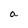
Character: a